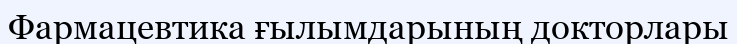
Фармацевтика ғылымдарының докторлары